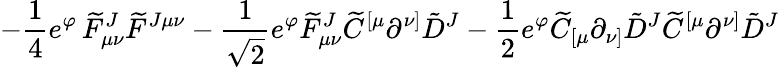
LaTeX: \left.-\frac{1}{4}e^{\varphi}\, {\widetilde F}_{\mu\nu}^{J}{\widetilde F}^{J\mu\nu}-\frac{1}{\sqrt 2}e^{\varphi}{\widetilde F}_{\mu\nu}^{J}{\widetilde C}^{[\mu}\partial^{\nu]}{\tilde{D}}^{J}-\frac{1}{2}e^{\varphi}{\widetilde C}_{[\mu}\partial_{\nu]}{\tilde{D}}^{J}{\widetilde C}^{[\mu}\partial^{\nu]}{\tilde{D}}^{J}\right.